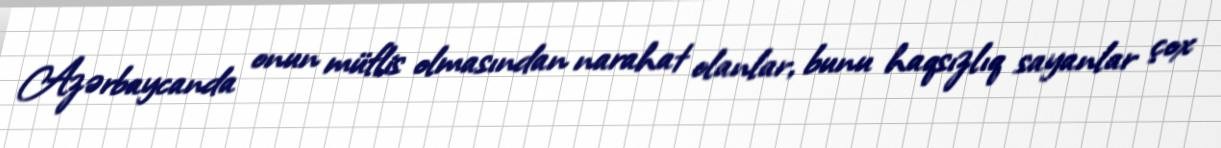
Azərbaycanda onun müflis olmasından narahat olanlar, bunu haqsızlıq sayanlar çox